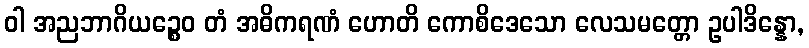
ဝါ အညဘာဂိယဉ္စေဝ တံ အဓိကရဏံ ဟောတိ ကောစိဒေသော လေသမတ္တော ဥပါဒိန္နော,